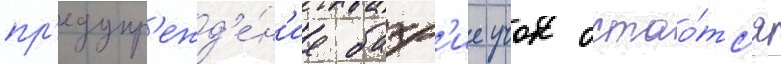
пр'едупр'ежд'е́н'ие бахр'ие учок остао́тс'я